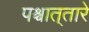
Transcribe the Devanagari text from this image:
पश्र्चात्‌तारे